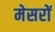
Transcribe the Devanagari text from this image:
मेसरों